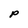
Character: P